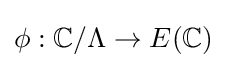
\phi :\mathbb {C} /\Lambda \to E(\mathbb {C} )